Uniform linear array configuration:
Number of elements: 16
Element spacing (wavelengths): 1
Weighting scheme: binomial
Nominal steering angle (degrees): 0
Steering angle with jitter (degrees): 0.5367
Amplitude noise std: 0.05
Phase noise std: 0.05

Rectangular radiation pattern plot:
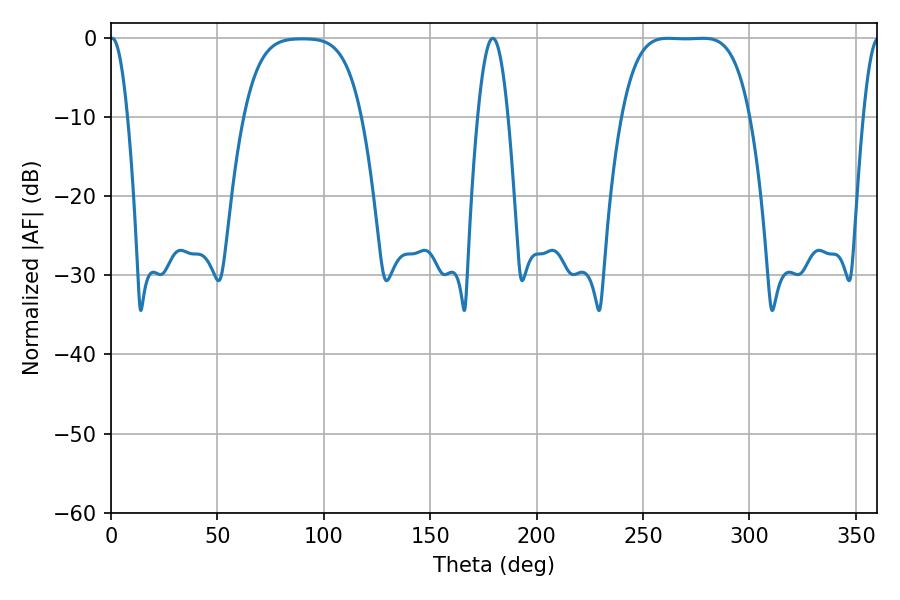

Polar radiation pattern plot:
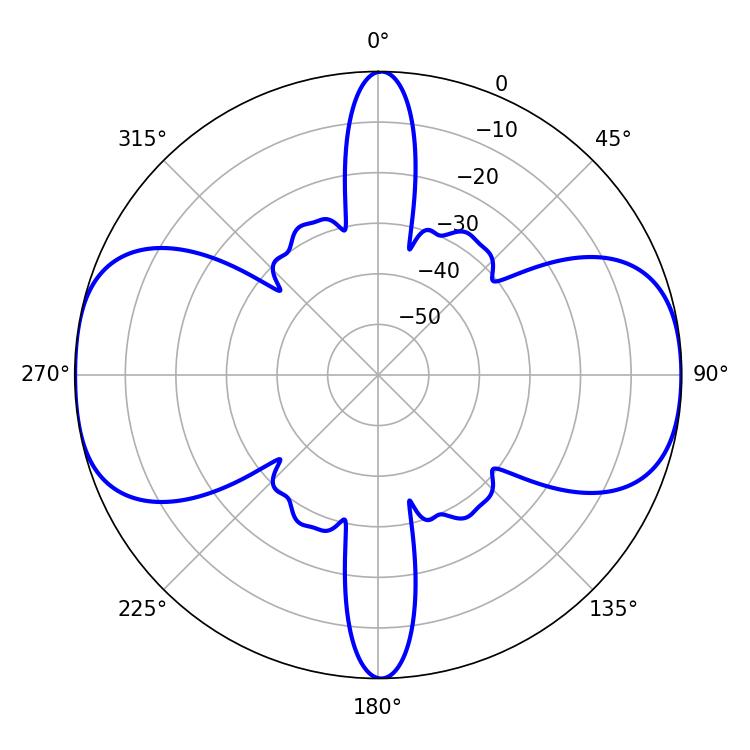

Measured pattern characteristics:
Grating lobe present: TRUE
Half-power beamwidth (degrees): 45.72
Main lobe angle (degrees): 261.72